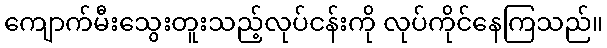
ကျောက်မီးသွေးတူးသည့်လုပ်ငန်းကို လုပ်ကိုင်နေကြသည်။